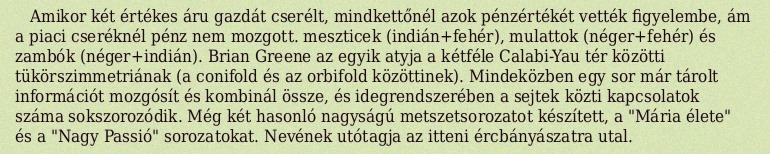
Amikor két értékes áru gazdát cserélt, mindkettőnél azok pénzértékét vették figyelembe, ám a piaci cseréknél pénz nem mozgott. meszticek (indián+fehér), mulattok (néger+fehér) és zambók (néger+indián). Brian Greene az egyik atyja a kétféle Calabi-Yau tér közötti tükörszimmetriának (a conifold és az orbifold közöttinek). Mindeközben egy sor már tárolt információt mozgósít és kombinál össze, és idegrendszerében a sejtek közti kapcsolatok száma sokszorozódik. Még két hasonló nagyságú metszetsorozatot készített, a "Mária élete" és a "Nagy Passió" sorozatokat. Nevének utótagja az itteni ércbányászatra utal.